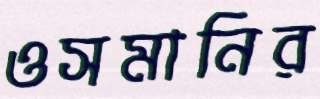
ওসমানির